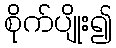
စိုက်ပျိုး၍